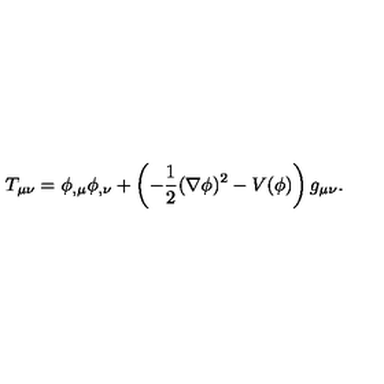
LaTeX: T _ { \mu \nu } = \phi _ { , \mu } \phi _ { , \nu } + \left( - \frac { 1 } { 2 } ( \nabla \phi ) ^ { 2 } - V ( \phi ) \right) g _ { \mu \nu } .